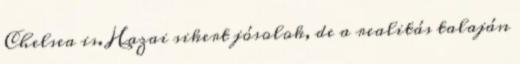
Chelsea is. Hazai sikert jósolok, de a realitás talaján